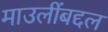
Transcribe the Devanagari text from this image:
माउलींबद्दल